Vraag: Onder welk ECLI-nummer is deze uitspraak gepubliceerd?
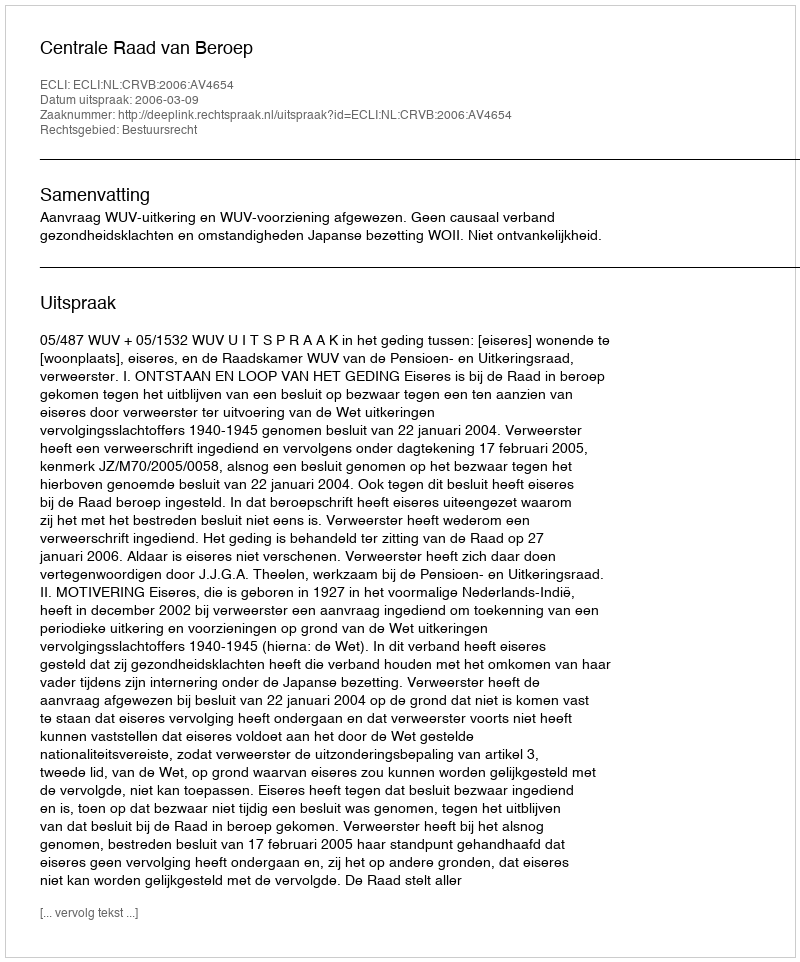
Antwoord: ECLI:NL:CRVB:2006:AV4654